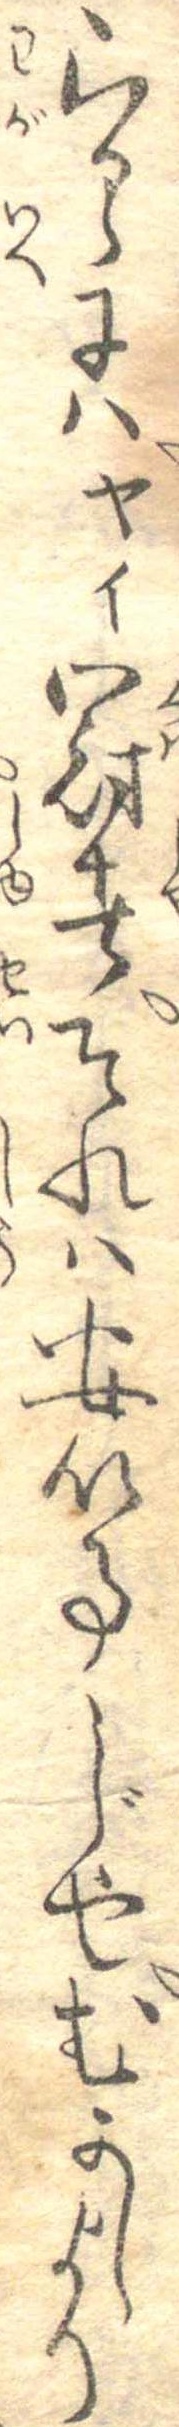
らるゝにはヤィ冠者それは安い事じやむかしより